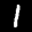
Label: 1